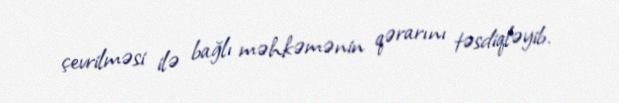
çevrilməsi ilə bağlı məhkəmənin qərarını təsdiqləyib.